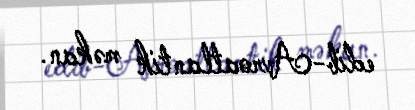
edib-Avroatlantik məkan.